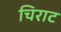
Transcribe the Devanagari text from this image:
चिराट